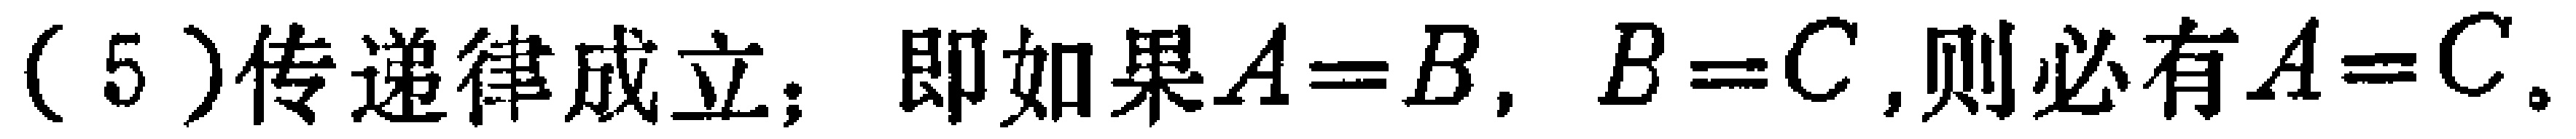
(5)传递律成立；即如果$A = B$, $B = C$,则必有$A = C$。